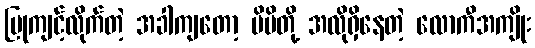
ပြုကျင့်လိုက်တဲ့ အခါကျတော့ မိမိတို့ အလိုရှိနေတဲ့ လောကီအကျိုး